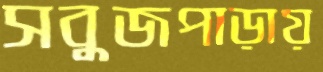
সবুজপাড়ায়